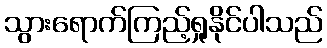
သွားရောက်ကြည့်ရှုနိုင်ပါသည်